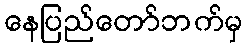
နေပြည်တော်ဘက်မှ